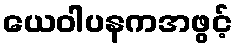
ယေဝါပနကအဖွင့်